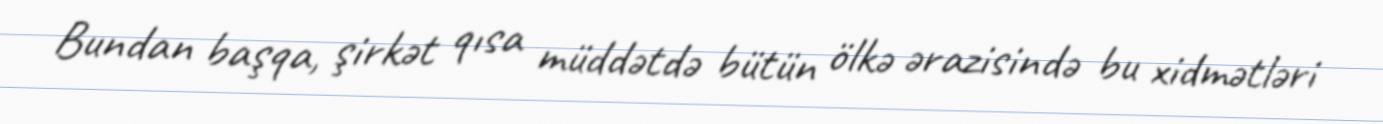
Bundan başqa, şirkət qısa müddətdə bütün ölkə ərazisində bu xidmətləri